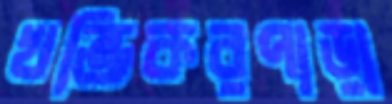
খন্ডিকরপাড়া